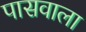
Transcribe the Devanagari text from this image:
पासवाला